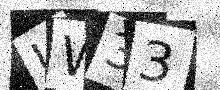
Text: UW33